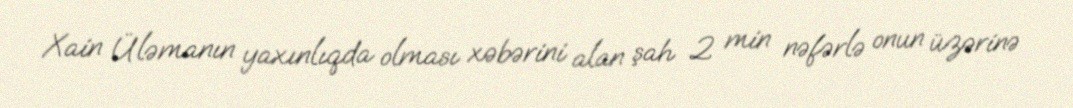
Xain Üləmanın yaxınlıqda olması xəbərini alan şah 2 min nəfərlə onun üzərinə